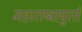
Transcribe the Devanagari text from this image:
महाराष्ट्रापुरते